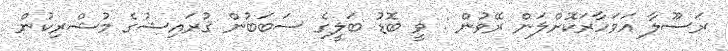
ރަސޫލާ އަވަހާރަކޮށްލަން ރޭވުން : ވީ ބޮޑު ބަލީގެ ސަބަބުން ޤުރައިޝުގެ މުޝްރިކުން